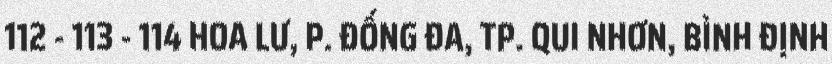
112 - 113 - 114 HOA LƯ, P. ĐỐNG ĐA, TP. QUI NHƠN, BÌNH ĐỊNH